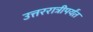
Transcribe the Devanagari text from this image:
उत्तररात्रीपर्यंत